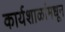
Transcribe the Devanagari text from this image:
कार्यशाळांमधून